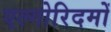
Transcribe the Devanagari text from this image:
एल्गोरिदमों